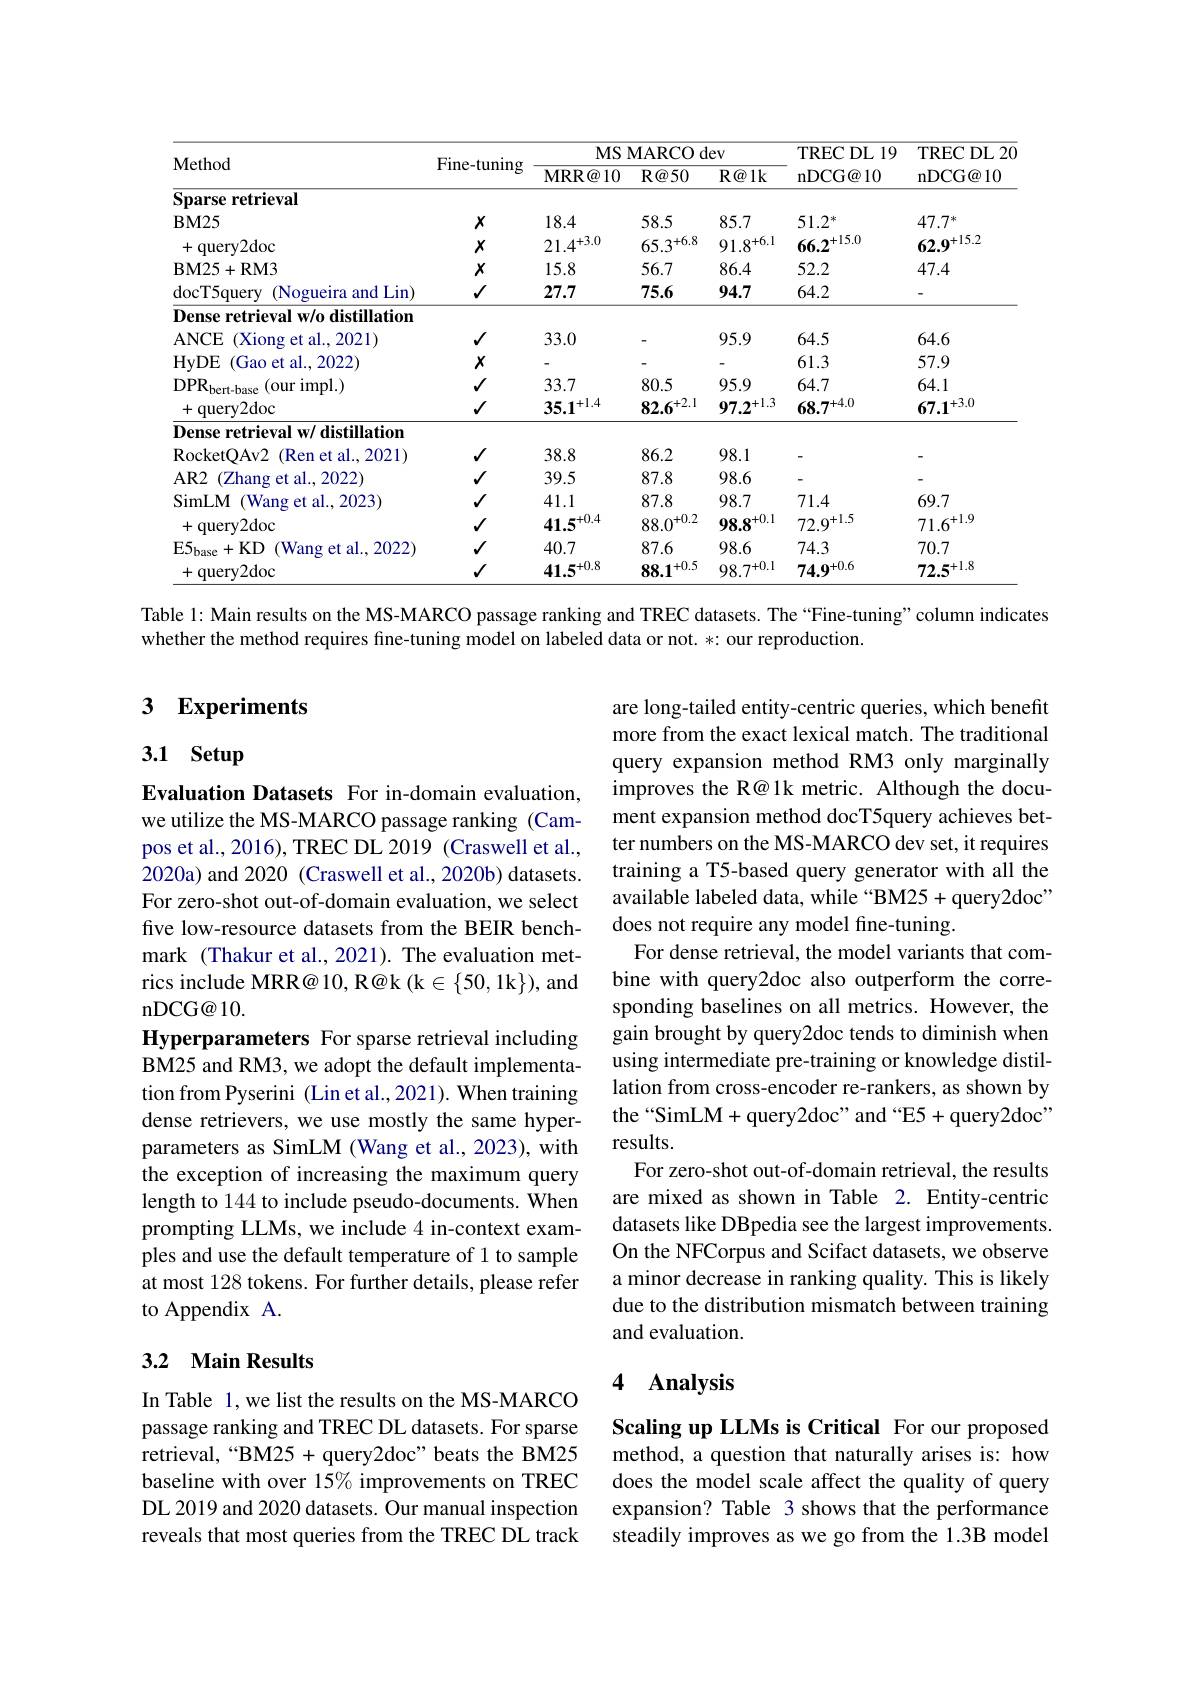
<table>
	<tbody>
		<tr>
			<th rowspan="2">Method</th>
			<th rowspan="2">Fine-tuning</th>
			<th colspan="3">MS MARCO dev</th>
			<th rowspan="2">TRECDL19 ${\mathrm{nDCG@10}}$</th>
			<th rowspan="2">$\operatorname{TRECDL}20$ ${\mathrm{nDCG@10}}$</th>
		</tr>
		<tr>
			<th>MRR@ 10</th>
			<th>$\mathbf{R} \textcircled {a}50$</th>
			<th>$\mathbf{R} \textcircled {a}1\mathbf{k}$</th>
		</tr>
		<tr>
			<td>Sparse retrieval</td>
			<td> </td>
			<td> </td>
			<td> </td>
			<td> </td>
			<td> </td>
			<td> </td>
		</tr>
		<tr>
			<td>$\mathbf{BM25}$</td>
			<td>$X$</td>
			<td>18.4</td>
			<td>58.5</td>
			<td>85.7</td>
			<td>$51.2^*$</td>
			<td>$47.7^*$</td>
		</tr>
		<tr>
			<td>+query2doc</td>
			<td>$X$</td>
			<td>$21.4^{+3.0}$</td>
			<td>$6.5.3^{+6.8}$</td>
			<td>$91.8^{+6.1}$</td>
			<td>$66.2^{+13.0}$</td>
			<td>$6{\mathcal{O}}_{\mathrm{~}}\mathbf{0}^{+1.2.2}$</td>
		</tr>
		<tr>
			<td>$\mathbf{BM25+RM3}$</td>
			<td>$X$</td>
			<td>15.8</td>
			<td>56.7</td>
			<td>86.4</td>
			<td>52.2</td>
			<td>47.4</td>
		</tr>
		<tr>
			<td>docT5query (Nogueira and Lin)</td>
			<td>$√$</td>
			<td>27.7</td>
			<td>75.6</td>
			<td>94.7</td>
			<td>64.2</td>
			<td> </td>
		</tr>
		<tr>
			<td>Dense retrieval w/o distillation</td>
			<td> </td>
			<td> </td>
			<td> </td>
			<td> </td>
			<td> </td>
			<td> </td>
		</tr>
		<tr>
			<td>$\mathbf{ANCE}$ (Xiong et al., 2021)</td>
			<td>$√$</td>
			<td>33.0</td>
			<td> </td>
			<td>95.9</td>
			<td>64.5</td>
			<td>64.6</td>
		</tr>
		<tr>
			<td>HyDE (Gao et al., 2022)</td>
			<td>$X$</td>
			<td> </td>
			<td> </td>
			<td> </td>
			<td>61.3</td>
			<td>57.9</td>
		</tr>
		<tr>
			<td>$\mathrm{DPR}_{\mathrm{bert-base}}$ (our impl.)</td>
			<td>$√$</td>
			<td>33.7</td>
			<td>80.5</td>
			<td>95.9</td>
			<td>64.7</td>
			<td>64.1</td>
		</tr>
		<tr>
			<td>+query2doc</td>
			<td>$√$</td>
			<td>$35.1^{+1.4}$</td>
			<td>$82.6^{+2.1}$</td>
			<td>$97.2^{+1.3}$</td>
			<td>$68.7^{+4.0}$</td>
			<td>$67.1^{+3.0}$</td>
		</tr>
		<tr>
			<td>Dense retrieval w/ distillation</td>
			<td> </td>
			<td> </td>
			<td> </td>
			<td> </td>
			<td> </td>
			<td> </td>
		</tr>
		<tr>
			<td>RocketOAv2 (Ren et al., 2021)</td>
			<td>$√$</td>
			<td>38.8</td>
			<td>86.2</td>
			<td>98.1</td>
			<td> </td>
			<td> </td>
		</tr>
		<tr>
			<td>$AR2$ (Zhang et al., 2022)</td>
			<td>$√$</td>
			<td>39.5</td>
			<td>87.8</td>
			<td>98.6</td>
			<td> </td>
			<td> </td>
		</tr>
		<tr>
			<td>SimLM (Wang et al., 2023)</td>
			<td>$√$</td>
			<td>41.1</td>
			<td>87.8</td>
			<td>98.7</td>
			<td>71.4</td>
			<td>69.7</td>
		</tr>
		<tr>
			<td>+query2doc</td>
			<td>$√$</td>
			<td>$41.5^{+0.4}$</td>
			<td>$88.0^{+0.2}$</td>
			<td>$98.8^{+0.1}$</td>
			<td>$72.9^{+1..0}$</td>
			<td>$71.6^{+1.9}$</td>
		</tr>
		<tr>
			<td>$\mathrm{E5}_{\mathrm{base}}+$KD (Wang et al., 2022)</td>
			<td>$√$</td>
			<td>40.7</td>
			<td>87.6</td>
			<td>98.6</td>
			<td>74.3</td>
			<td>70.7</td>
		</tr>
		<tr>
			<td>+query2doc</td>
			<td>$√$</td>
			<td>$41.5^{+0.8}$</td>
			<td>$88.1^{+0.5}$</td>
			<td>$98.7^{+0.1}$</td>
			<td>$74.9^{+0.6}$</td>
			<td>$72.5^{+1.8}$</td>
		</tr>
	</tbody>
</table>

Table 1: Main results on the MS-MARCO passage ranking and TREC datasets. The “Fine-tuning”column indicates

whether the method requires fne-tuning model on labeled data or not. *: our reproduction.

## 3 Experiments

## 3.1 Setup

are long-tailed entity-centric queries, which benefit more from the exact lexical match. The traditional query expansion method RM3 only marginally improves the R@1k metric. Although the document expansion method docT5query achieves better numbers on the MS-MARCO dev set, it requires training a T5-based query generator with all the available labeled data, while “BM25+ query2doc” does not require any model fine-tuning.
For dense retrieval, the model variants that combine with query2doc also outperform the corresponding baselines on all metrics. However, the gain brought by query2doc tends to diminish when using intermediate pre-training or knowledge distillation from cross-encoder re-rankers, as shown by the“SimLM+query2doc”and“E5+query2doc” results.
For zero-shot out-of-domain retrieval, the results are mixed as shown in Table 2. Entity-centric datasets like DBpedia see the largest improvements. On the NFCorpus and Scifact datasets, we observe a minor decrease in ranking quality. This is likely due to the distribution mismatch between training and evaluation.

Evaluation Datasets For in-domain evaluation, we utilize the MS-MARCO passage ranking (Campos et al., 2016), TREC DL 2019 (Craswell et al., 2020a) and 2020 (Craswell et al., 2020b) datasets. For zero-shot out-of-domain evaluation, we select five low-resource datasets from the BEIR benchmark (Thakur et al., 2021). The evaluation metrics include MRR@ 10, R@k (k $\in\{50,1$k$\})$, and nDCG@10.
Hyperparameters For sparse retrieval including BM25 and RM3, we adopt the default implementation from Pyserini (Lin et al., 2021). When training dense retrievers, we use mostly the same hyperparameters as SimLM (Wang et al., 2023), with the exception of increasing the maximum query length to 144 to include pseudo-documents. When prompting LLMs, we include 4 in-context examples and use the default temperature of 1 to sample at most 128 tokens. For further details, please refer to Appendix A.

### 3.2 Main Results

### 4 Analysis

In Table 1,we list the results on the MS-MARCO passage ranking and TREC DL datasets. For sparse retrieval,“BM25+query2doc”beats the BM25 baseline with over 15% improvements on TREC DL 2019 and 2020 datasets. Our manual inspection reveals that most queries from the TREC DL track

Scaling up LLMs is Critical For our proposed method, a question that naturally arises is: how does the model scale affect the quality of query expansion? Table 3 shows that the performance steadily improves as we go from the 1.3B model